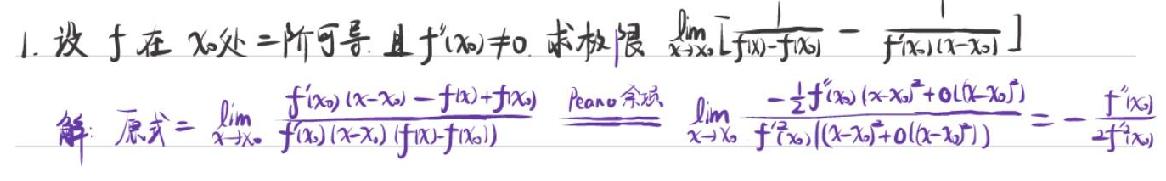
1. 设 $f$ 在 $x_0$ 处二阶可导且 $f''(x_0)\neq 0$，求极限\(\lim\limits_{x\to x_0}\frac{f(x)-f(x_0)-f'(x_0)(x-x_0)}{f''(x_0)(x-x_0)^2}\)。

解：原式\(=\lim\limits_{x\to x_0}\frac{f(x_0)(x-x_0)-f(x)+f(x_0)}{f''(x_0)(x-x_0)^2}\)（洛必达法则）
\(=\lim\limits_{x\to x_0}\frac{-f''(x_0)(x-x_0)+0\cdot f'(x_0)(x-x_0)^2}{f''(x_0)(x-x_0)^2}\)
\(=-\frac{1}{2}f''(x_0)\)